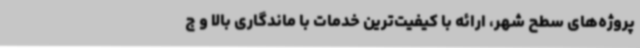
پروژه‌های سطح شهر، ارائه با کیفیت‌ترین خدمات با ماندگاری بالا و ج